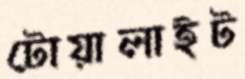
টোয়ালাইট